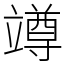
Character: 竴